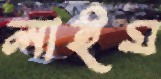
লাইম